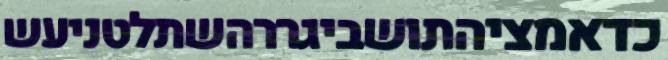
כדאמציהתושביגררהשתלטניעש